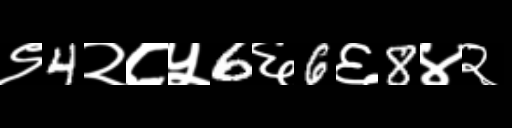
Text: ९4२८५6६6६8४२